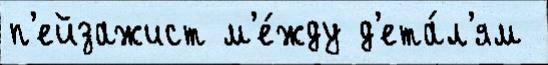
п'ейзажист м'е́жду д'ета́л'ям